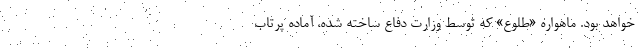
خواهد بود. ماهواره «طلوع» که توسط وزارت دفاع ساخته شده، آماده پرتاب